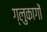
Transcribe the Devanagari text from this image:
ग्लुकागों